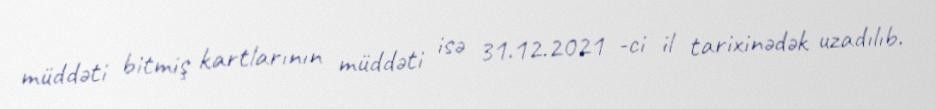
müddəti bitmiş kartlarının müddəti isə 31.12.2021 -ci il tarixinədək uzadılıb.